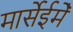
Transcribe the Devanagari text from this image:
मार्सेईमेँ